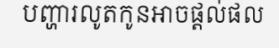
បញ្ហារលូតកូនអាចផ្តល់ផល